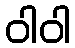
ဝါဝါ